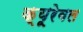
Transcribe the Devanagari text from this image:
क्यूरेबल